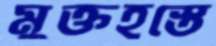
মুক্তহস্তে